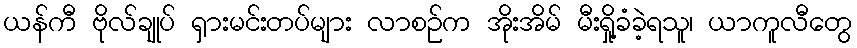
ယန်ကီ ဗိုလ်ချုပ် ရှားမင်းတပ်များ လာစဉ်က အိုးအိမ် မီးရှို့ခံခဲ့ရသူ၊ ယာကူလီတွေ